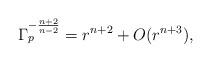
LaTeX: \begin{align*}\Gamma_p^{-\frac{n+2}{n-2}} = r^{n+2} + O(r^{n+3}),\end{align*}